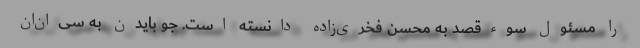
را مسئول سوءقصد به محسن فخری‌زاده دانسته است. جو بایدن به سی‌ان‌ان